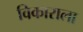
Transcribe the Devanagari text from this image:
विकाराला